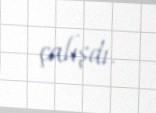
çalışdı.